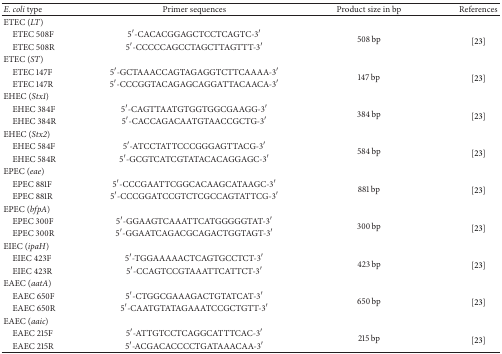
<table><thead><tr><td><b><i>E. coli</i> type</b></td><td><b>Primer sequences</b></td><td><b>Product size in bp</b></td><td><b>References</b></td></tr></thead><tbody><tr><td>ETEC (<i>LT</i>)</td><td> </td><td> </td><td> </td></tr><tr><td> ETEC 508F</td><td>5′-CACACGGAGCTCCTCAGTC-3′</td><td rowspan="2">508 bp</td><td rowspan="2">[23]</td></tr><tr><td> ETEC 508R</td><td>5′-CCCCCAGCCTAGCTTAGTTT-3′</td></tr><tr><td>ETEC (<i>ST</i>)</td><td> </td><td> </td><td> </td></tr><tr><td> ETEC 147F</td><td>5′-GCTAAACCAGTAGAGGTCTTCAAAA-3′</td><td rowspan="2">147 bp</td><td rowspan="2">[23]</td></tr><tr><td> ETEC 147R</td><td>5′-CCCGGTACAGAGCAGGATTACAACA-3′</td></tr><tr><td>EHEC (<i>Stx1</i>)</td><td> </td><td> </td><td> </td></tr><tr><td> EHEC 384F</td><td>5′-CAGTTAATGTGGTGGCGAAGG-3′</td><td rowspan="2">384 bp</td><td rowspan="2">[23]</td></tr><tr><td> EHEC 384R</td><td>5′-CACCAGACAATGTAACCGCTG-3′</td></tr><tr><td>EHEC (<i>Stx2</i>)</td><td> </td><td> </td><td> </td></tr><tr><td> EHEC 584F</td><td>5′-ATCCTATTCCCGGGAGTTACG-3′</td><td rowspan="2">584 bp</td><td rowspan="2">[23]</td></tr><tr><td> EHEC 584R</td><td>5′-GCGTCATCGTATACACAGGAGC-3′</td></tr><tr><td>EPEC (<i>eae</i>)</td><td> </td><td> </td><td> </td></tr><tr><td> EPEC 881F</td><td>5′-CCCGAATTCGGCACAAGCATAAGC-3′</td><td rowspan="2">881 bp</td><td rowspan="2">[23]</td></tr><tr><td> EPEC 881R</td><td>5′-CCCGGATCCGTCTCGCCAGTATTCG-3′</td></tr><tr><td>EPEC (<i>bfpA</i>)</td><td> </td><td> </td><td> </td></tr><tr><td> EPEC 300F</td><td>5′-GGAAGTCAAATTCATGGGGGTAT-3′</td><td rowspan="2">300 bp</td><td rowspan="2">[23]</td></tr><tr><td> EPEC 300R</td><td>5′-GGAATCAGACGCAGACTGGTAGT-3′</td></tr><tr><td>EIEC (<i>ipaH</i>)</td><td> </td><td> </td><td> </td></tr><tr><td> EIEC 423F</td><td>5′-TGGAAAAACTCAGTGCCTCT-3′</td><td rowspan="2">423 bp</td><td rowspan="2">[23]</td></tr><tr><td> EIEC 423R</td><td>5′-CCAGTCCGTAAATTCATTCT-3′</td></tr><tr><td>EAEC (<i>aatA</i>)</td><td> </td><td> </td><td> </td></tr><tr><td> EAEC 650F</td><td>5′-CTGGCGAAAGACTGTATCAT-3′</td><td rowspan="2">650 bp</td><td rowspan="2">[23]</td></tr><tr><td> EAEC 650R</td><td>5′-CAATGTATAGAAATCCGCTGTT-3′</td></tr><tr><td>EAEC (<i>aaic</i>)</td><td> </td><td> </td><td> </td></tr><tr><td> EAEC 215F</td><td>5′-ATTGTCCTCAGGCATTTCAC-3′</td><td rowspan="2">215 bp</td><td rowspan="2">[23]</td></tr><tr><td> EAEC 215R</td><td>5′-ACGACACCCCTGATAAACAA-3′</td></tr></tbody></table>